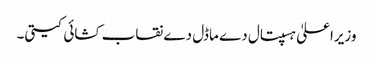
وزیراعلیٰ ہسپتال دے ماڈل دے نقاب کشائی کیتی۔